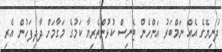
ދުނިޔޭގެ އެއް ނަމްބަރު އަންހެން ޓެނިސް ކުޅުންތެރިޔާ ކަމުގެ މަގާމަށް ދާދިފަހުން އެރި